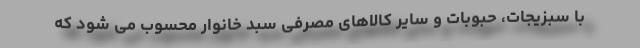
با سبزیجات، حبوبات و سایر کالاهای مصرفی سبد خانوار محسوب می شود که